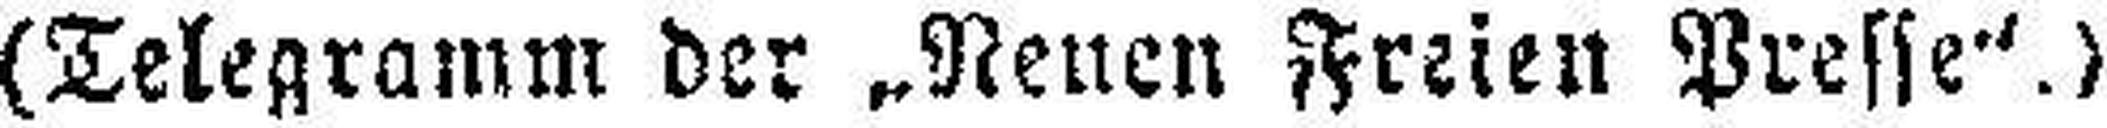
(Telegramm der „Neuen Freien Presse“.)